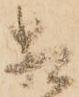
相